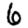
Digit: 6